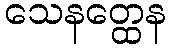
သေနတ္ထေန